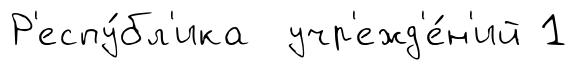
Р'еспу́бл'ика учр'ежд'е́н'ий 1